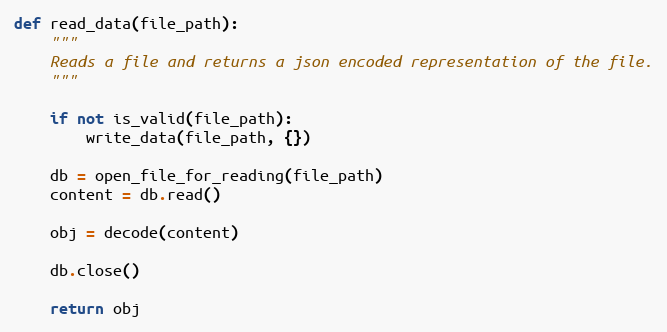
Language: Python
def read_data(file_path):
    """
    Reads a file and returns a json encoded representation of the file.
    """

    if not is_valid(file_path):
        write_data(file_path, {})

    db = open_file_for_reading(file_path)
    content = db.read()

    obj = decode(content)

    db.close()

    return obj